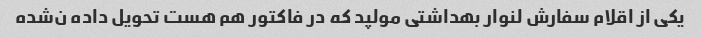
یکی از اقلام سفارش لنوار بهداشتی مولپد که در فاکتور هم هست تحویل داده ن‌شده